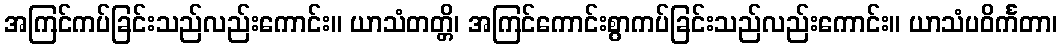
အကြင်ကပ်ခြင်းသည်လည်းကောင်း။ ယာသံတတ္တိ၊ အကြင်ကောင်းစွာကပ်ခြင်းသည်လည်းကောင်း။ ယာသံပဝိင်္ကတာ၊